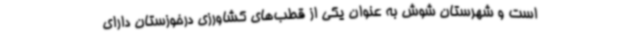
است و شهرستان شوش به عنوان یکی از قطب‌های کشاورزی درخوزستان دارای